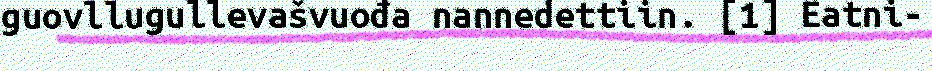
guovllugullevašvuođa nannedettiin. [1] Eatni-